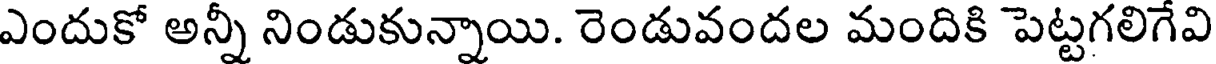
ఎందుకో అన్నీ నిండుకున్నాయి. రెండువందల మందికి పెట్టగలిగేవి